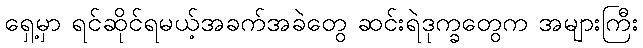
ရှေ့မှာ ရင်ဆိုင်ရမယ့်အခက်အခဲတွေ ဆင်းရဲဒုက္ခတွေက အများကြီး